Vital statistics of India. Vol. V, Reports of 1876 on armies & jails and on epidemic cholera
Year: 1876
Disease focus: Cholera
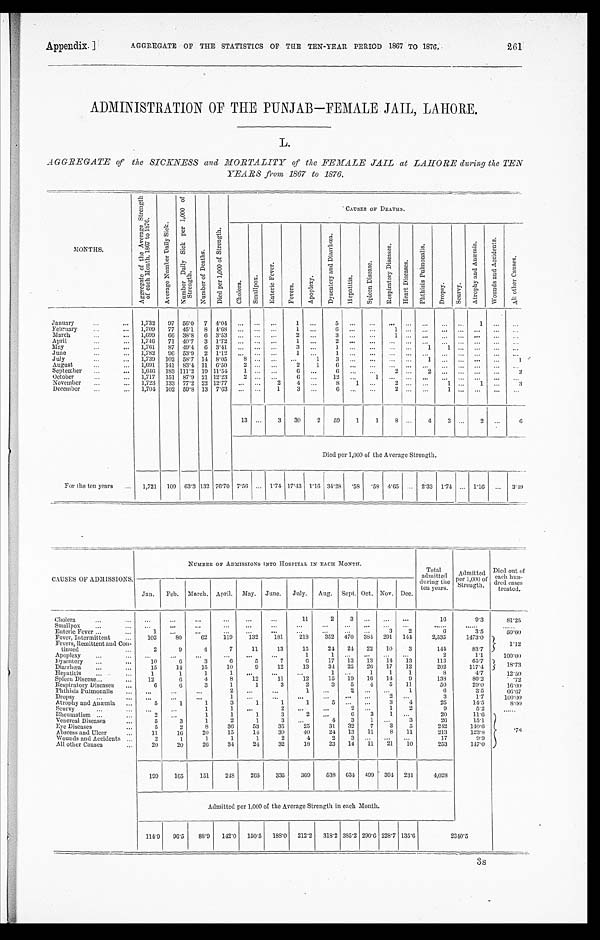
AGGREGATE OF THE STATISTICS OF THE TEN-YEAR PERIOD 1867 TO 1876.
Appendix.]
261
ADMINISTRATION OF THE PUNJAB—FEMALE JAIL, LAHORE.
L.
AGGREGATE of the SICKNESS and MORTALITY of the FEMALE JAIL at LAHORE during the TEN
YEARS from 1867 to 1876.
MONTHS.
A g g r e g a t e o f t h e A v e r a g e
s t r e n g t h o f e a c h M o n t h , 1 8 6 7 - 7 6 .
A v e r a g e N u m b e r D a i l y S i c k .
N u m b e r D a i l y S i c k p e r 1 , 0 0 0 o f
S t r e n g t h
N u m b e r o f D e a t h s .
D i e d p e r 1 , 0 0 0 o f S t r e n g t h .
CAUSES OF DEATHS.
C h o l e r a .
S m a l l p o x .
E n t e r i c F e v e r .
F e v e r s .
A p o p l e x y .
D y s e n t e r y a n d D i a r r h œ a .
H e p a t i t i s .
S p l e e n D i s e a s e .
R e s p i r a t o r y D i s e a s e s .
H e a r t D i s e a s e s .
P h t h i s i s P u l m o n a l i s .
D r o p s y . S c u r v y .
A t r o p h y a n d A n æ m i a .
W o u n d a n d A c c i d e n t s .
A l l o t h e r C a u s e s .
January
1,732 97 56.0 7 4.04
1
5
1
F e b r u a r y 1,709 77 45.1 8 4.68
1
6
1
March.
1,699 66 38.8 6 3.53
2
3
1
April
1,746 71 40.7 3 1.72
1
2
M a y 1,761 87 49.4 6 3.41
3
1
1 1
June
1,782 96 53.9 2 1.12
1
1
July
1,739 102 58.7 14 8.05 8
1 3
1
1
August
1,691 141 83.4 11 6.50 2
2 1
6
September
1,646 183 111.2 19 11.54 1
6
6
2
2
2
October
1,717 151 87.9 21 12.23 2
6
12
1
November
1,723 133 77.2 22 12.77
2 4
8 1
2
1
1
3
December
1,704 102 59.8 13 7.63
1 3
6
2
1
13
3 30 2 59 1 1 8
4 3
2
6
D i e d p e r 1 , 0 0 0 o f t h e A v e r a g e S t r e n g t h .
For the ten years
1,721 109 63.3 132 76.70 7.56 1.74 17.43 1.16 34.28 .58 .58 4.65
2.33 1.74 1.16
3.49
CAUSES OF ADMISSIONS.
NUMBER OF ADMI SSI ONS I NTO HOSPI TAL I N EACH MONTH.
T o t a l a d m i t t e d
during the
ten years.
Admitted p e r 1 , 0 0 0
o f
Strength.
Di ed
o u t o f e a c h h u n - d r e d c a s e s
t r eat ed.
Jan. Feb. March. April. May. June. July. Aug. Sept. Oct. Nov. Dec.
Chol era
11
2 3
16
9.3
81. 25
Smallpox Enteric Fever
1
3 2
6
3. 5
50. 00
Fever, Intermittent
102
8 0 62 119 132 181 218 352 470 384 291 144 2,535 1473.0
1.12
Fevers, Remi ttent and Con-
tinued
2
9
4
7 11 13 15 24 24 22 10 3
144
83.7
Apopl exy
1
1
2
1.1
100. 00
Dysentery
1 0
6
3
6
5
7
6
1 7 1 3 1 3 14 13
1 1 3
6 5 . 7 1 8 . 7 3
Diarrhœa
15 14 15 10 9 12 13
3 4 2 5 2 6 17 12
2 0 2
1 1 7 . 4
Hepatitis 1
1
1
1
1
1 1 1
8
4.7
12. 50
Spl een Di sease
12
6
4
8 12 11 12 15 19 16 14 9
138
80.2
.72
Respi ratory Di seases
6
6
3
1
1
3
2
3 5 4 5 11
50
29.0
16. 00
Phthisis Pulmonalis
2
1
2
1
6
3 . 5
6 6 . 6 7
Dropsy
1
2
3
1 . 7 100. 00
Atrophy and Anæmia
5
1
1
3
1
1
1
5
3 4
2 5
1 4 . 5 8 . 0 0
Scurvy
1
1
2
2
1 2
9
5.2
Rheumati sm
2
1
1
1
3
2
6 3 1
20
11.6
.78
Venereal Di seases
5
3
1
2
1
3
4 3 1
3
26
15.1
Eye Diseases
5
2
8 36 53 35 25 31 32 7 3 5
242
140.6
Abscess and Ul cer
1 1 16 20 15 14 30 40 24 13 11 8 11
2 1 3
1 2 3 . 8
Wounds and Acci dents
2
1
1
1
1
2
4
2 3
1 7
9 . 9
All other Causes
2 0 20 26 34 24 32 18 23 14
1 1 21 10
253
147.0
199 165 151 248 265 335 369 538 634 499 394 231
4,028
Admitted per 1,000 of the Average Strength in each Month.
114.9 96.5 88.9 142.0 150.5 188.0 212.2 318.2 385.2 290.6 228.7 135.6
2 3 4 0 . 5
3s